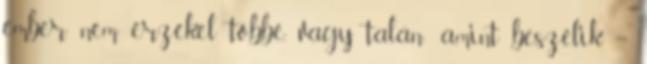
ember nem érzékel többé, vagy talán- amint beszélik –